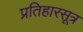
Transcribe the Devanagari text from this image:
प्रतिहारसूत्र